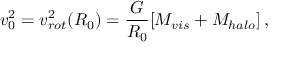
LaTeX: v _ { 0 } ^ { 2 } = v _ { r o t } ^ { 2 } ( R _ { 0 } ) = \frac { G } { R _ { 0 } } [ M _ { v i s } + M _ { h a l o } ] \, ,